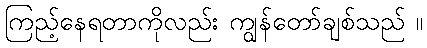
ကြည့်နေရတာကိုလည်း ကျွန်တော်ချစ်သည် ။